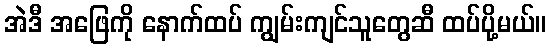
အဲဒီ အဖြေကို နောက်ထပ် ကျွမ်းကျင်သူတွေဆီ ထပ်ပို့မယ်။